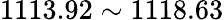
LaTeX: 1113.92\sim 1118.63